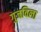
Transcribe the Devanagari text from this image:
गुजविला